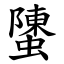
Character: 螴